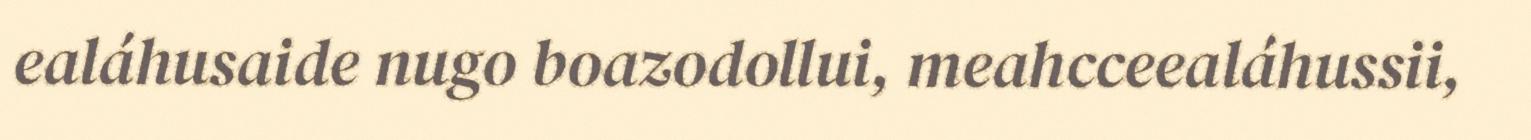
ealáhusaide nugo boazodollui, meahcceealáhussii,